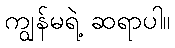
ကျွန်မရဲ့ ဆရာပါ။